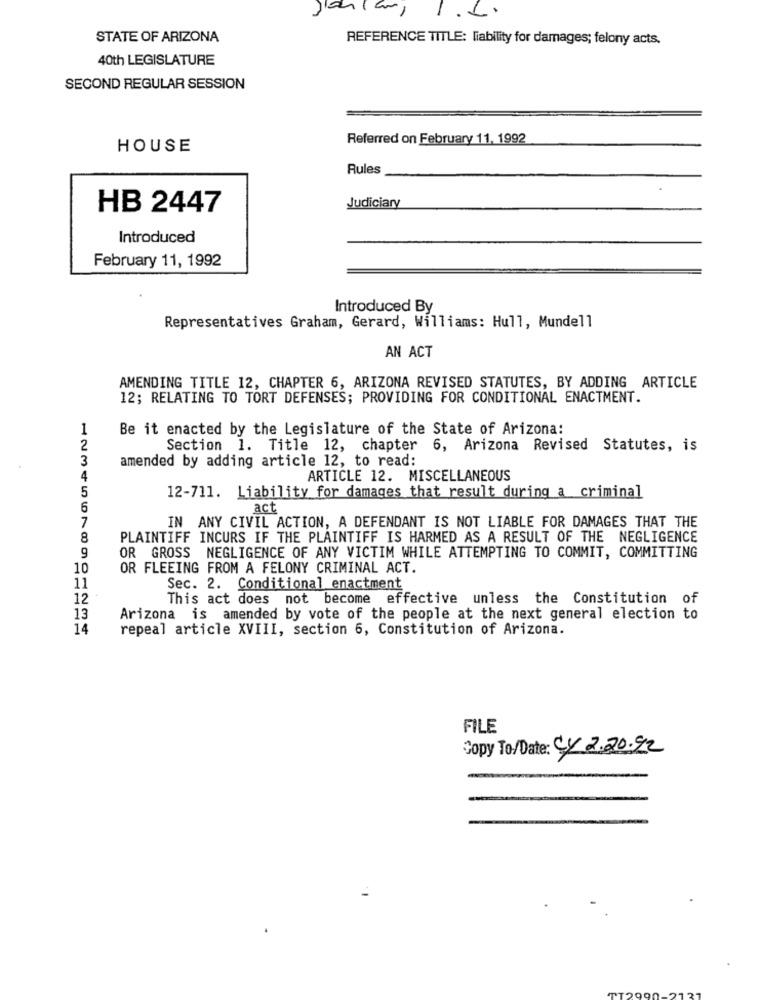
Jahlar,
STATE OF ARIZONA
REFERENCE TITLE: liability for damages; felony acts.
40th LEGISLATURE
SECOND REGULAR SESSION
Referred on February 11, 1992
HOUSE
Rules
HB 2447
Judiciary
Introduced
February 11, 1992
Introduced By
Representatives Graham, Gerard, Williams: Hull, Mundell
AN ACT
AMENDING TITLE 12, CHAPTER 6, ARIZONA REVISED STATUTES, BY ADDING ARTICLE
12; RELATING TO TORT DEFENSES; PROVIDING FOR CONDITIONAL ENACTMENT.
Be it enacted by the Legislature of the State of Arizona:
2
Section 1. Title 12, chapter
6, Arizona Revised Statutes, is
3
amended by adding article 12, to read:
4
ARTICLE 12. MISCELLANEOUS
5
12-711. Liability for damages that result during a criminal
6
act
IN ANY CIVIL ACTION, A DEFENDANT IS NOT LIABLE FOR DAMAGES THAT THE
7
8
PLAINTIFF INCURS IF THE PLAINTIFF IS HARMED AS A RESULT OF THE NEGLIGENCE
OR GROSS NEGLIGENCE OF ANY VICTIM WHILE ATTEMPTING TO COMMIT, COMMITTING
9
10
OR FLEEING FROM A FELONY CRIMINAL ACT.
11
Sec. 2. Conditional enactment
12
This act does not become effective unless the Constitution of
13
Arizona is amended by vote of the people at the next general election to
14
repeal article XVIII, section 6, Constitution of Arizona.
FILE
Copy To/Date: CY 2.20.92